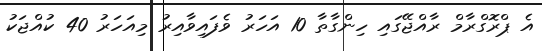
އެ ޕްރޮގްރާމް ރާއްޖޭގައި ހިންގާތާ 10 އަހަރު ވެފައިވާއިރު މިއަހަރު 40 ކުއްޖަކު